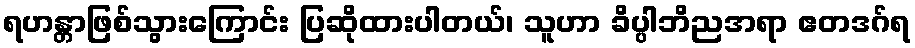
ရဟန္တာဖြစ်သွားကြောင်း ပြဆိုထားပါတယ်၊ သူဟာ ခိပ္ပါဘိညအရာ ဧတဒဂ်ရ